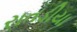
રાતડીયા